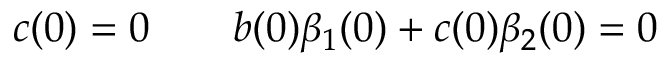
c ( 0 ) = 0 \qquad b ( 0 ) \beta _ { 1 } ( 0 ) + c ( 0 ) \beta _ { 2 } ( 0 ) = 0